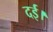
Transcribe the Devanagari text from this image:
दई।